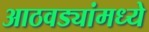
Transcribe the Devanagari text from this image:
आठवड्यांमध्ये